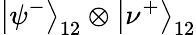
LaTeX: \left|\psi^{-}\right\rangle_{12}\otimes\left|\nu^{+}\right\rangle_{12}